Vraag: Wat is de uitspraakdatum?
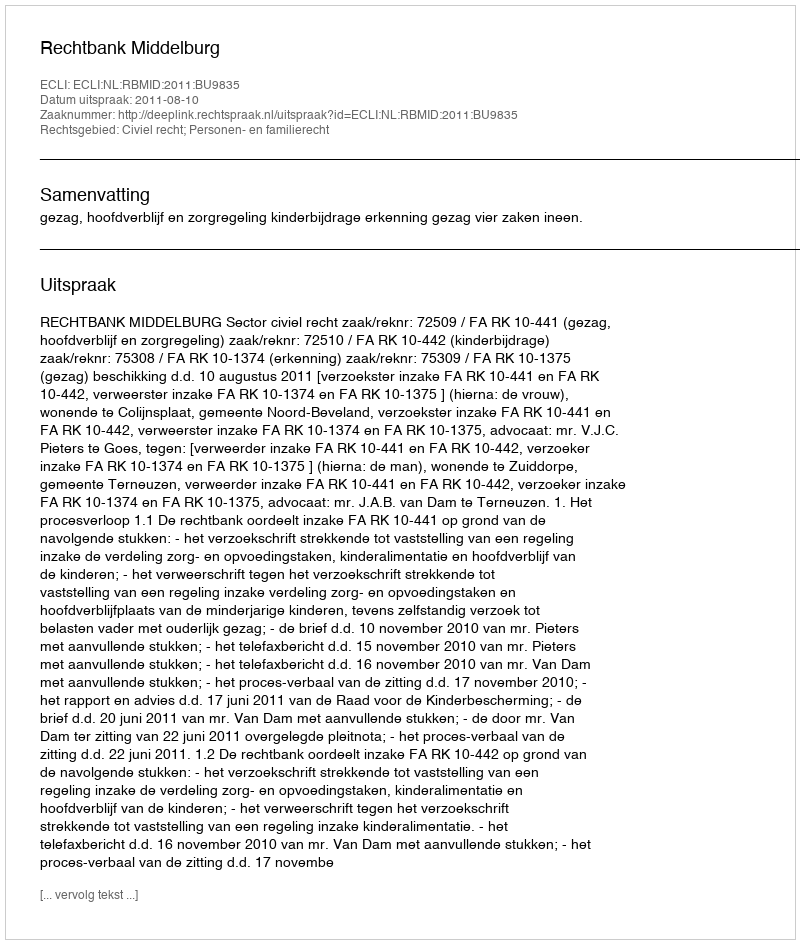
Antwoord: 2011-08-10